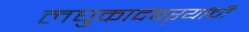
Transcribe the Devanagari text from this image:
लघुकादंबऱ्यांची